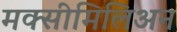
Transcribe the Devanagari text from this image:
मक्सीमिलिअन